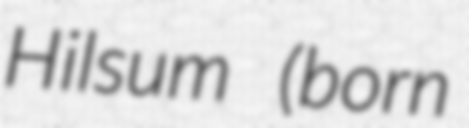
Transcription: Hilsum (born